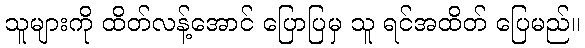
သူများကို ထိတ်လန့်အောင် ပြောပြမှ သူ ရင်အထိတ် ပြေမည်။